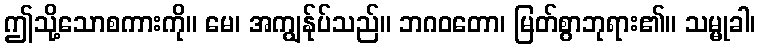
ဤသို့သောစကားကို။ မေ၊ အကျွန်ုပ်သည်။ ဘဂဝတော၊ မြတ်စွာဘုရား၏။ သမ္မုခါ၊